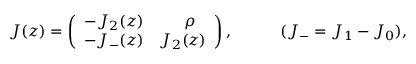
J ( z ) = \left( \begin{array} { c r } { { - J _ { 2 } ( z ) } } & { { \rho ~ ~ } } \\ { { - J _ { - } ( z ) } } & { { J _ { 2 } ( z ) } } \end{array} \right) , ~ ~ ~ ~ ~ ~ ~ ~ ~ ( J _ { - } = J _ { 1 } - J _ { 0 } ) ,